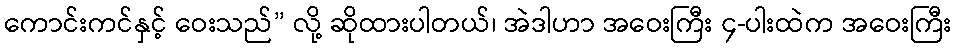
ကောင်းကင်နှင့် ဝေးသည်” လို့ ဆိုထားပါတယ်၊ အဲဒါဟာ အဝေးကြီး ၄-ပါးထဲက အဝေးကြီး